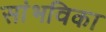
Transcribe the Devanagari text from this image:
सांभविका